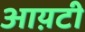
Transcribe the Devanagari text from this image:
आय़टी